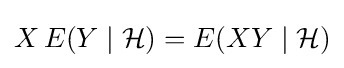
X\,E(Y\mid {\mathcal {H}})=E(XY\mid {\mathcal {H}})